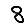
Digit: 8